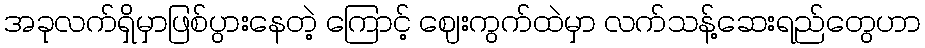
အခုလက်ရှိမှာဖြစ်ပွားနေတဲ့ ကြောင့် ဈေးကွက်ထဲမှာ လက်သန့်ဆေးရည်တွေဟာ